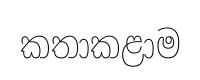
කතාකළාම